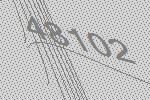
48102